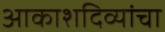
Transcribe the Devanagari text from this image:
आकाशदिव्यांचा